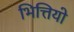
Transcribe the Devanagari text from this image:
भित्तियो